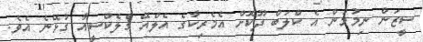
ސީޒަން ނިމުމުން އެ ކްލަބް ދޫކޮށް އެމެރިކާގެ އެލްއޭ ގެލެކްސީއާ ގުޅޭނެ އެވެ.